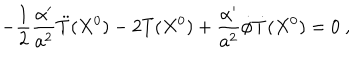
- \frac { 1 } { 2 } \frac { \alpha ^ { \prime } } { a ^ { 2 } } \ddot { T } ( X ^ { 0 } ) - 2 T ( X ^ { 0 } ) + \frac { \alpha ^ { \prime } } { a ^ { 2 } } \dot { \phi } \dot { T } ( X ^ { 0 } ) = 0 \ ,